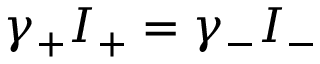
\gamma _ { + } I _ { + } = \gamma _ { - } I _ { - }